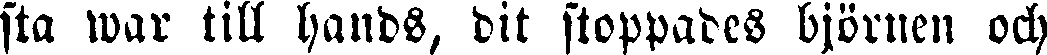
sta war till hands, dit stoppades björnen och